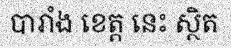
បារាំង ខេត្ត នេះ ស្ថិត